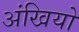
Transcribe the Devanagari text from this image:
अंखियो